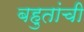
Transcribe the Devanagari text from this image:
बहुतांची